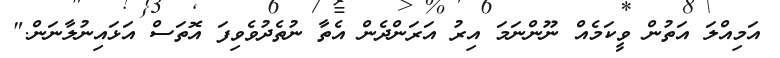
އަމިއްލަ އަތުން ވީކަމެއް ނޫންނަމަ އިރު އަރަންދެން އެތާ ނުތެދުވެވިފަ އޮތަސް އަޅައިނުލާނަން."